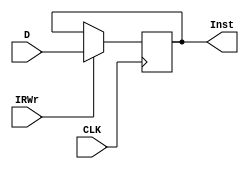
module IR(
   CLK, D,IRWr,Inst    
);
    input [31:0] D;
    input CLK,IRWr;
    output[31:0] Inst;
    reg[31:0] Inst;
    //initial Inst=0;
    always @(posedge CLK)
    if(IRWr) Inst=D;
    endmodule